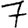
Digit: 7